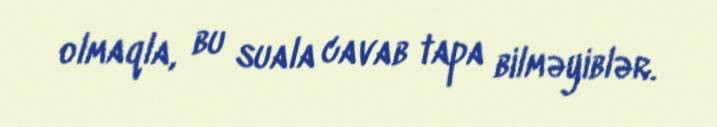
olmaqla, bu suala cavab tapa bilməyiblər.